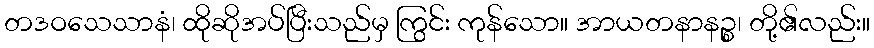
တဒဝသေသာနံ၊ ထိုဆိုအပ်ပြီးသည်မှ ကြွင်း ကုန်သော။ အာယတနာနဉ္စ၊ တို့၏လည်း။